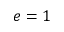
e = 1